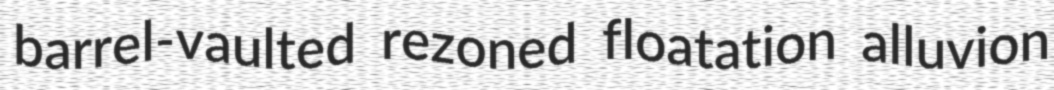
barrel-vaulted rezoned floatation alluvion